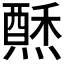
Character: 𱬑